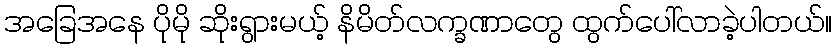
အခြေအနေ ပိုမို ဆိုးရွားမယ့် နိမိတ်လက္ခဏာတွေ ထွက်ပေါ်လာခဲ့ပါတယ်။